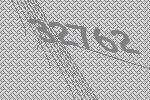
32762